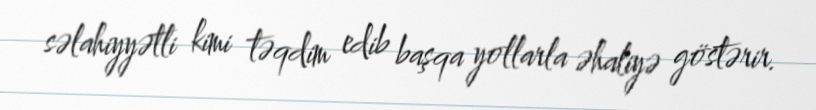
səlahiyyətli kimi təqdim edib başqa yollarla əhaliyə göstərir.